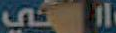
التي